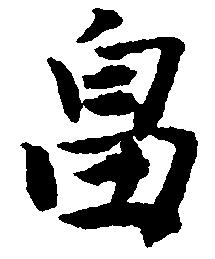
畠